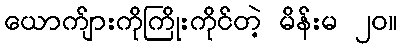
ယောက်ျားကိုကြိုးကိုင်တဲ့ မိန်းမ ၂၀။